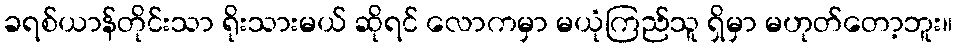
ခရစ်ယာန်တိုင်းသာ ရိုးသားမယ် ဆိုရင် လောကမှာ မယုံကြည်သူ ရှိမှာ မဟုတ်တော့ဘူး။